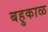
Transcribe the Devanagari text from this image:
बहुकाळ